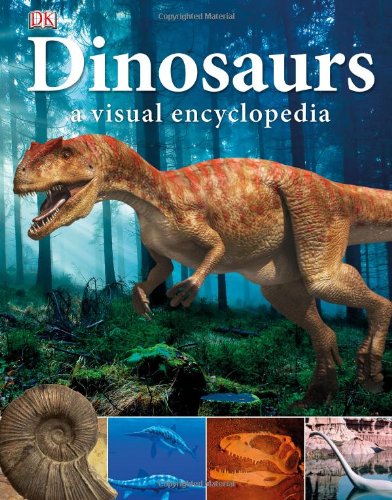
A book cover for Dinosaurs: a Visual Encyclopedia; DK Publishing; Reference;